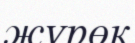
жүрөк